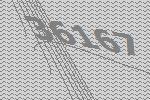
36167